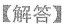
【解答】